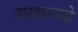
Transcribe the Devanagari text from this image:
उपहारग्रहे